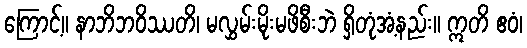
ကြောင့်။ နာဘိဘဝိဿတိ၊ မလွှမ်းမိုးမဖိစီးဘဲ ရှိတုံအံ့နည်း။ ဣတိ ဧဝံ၊